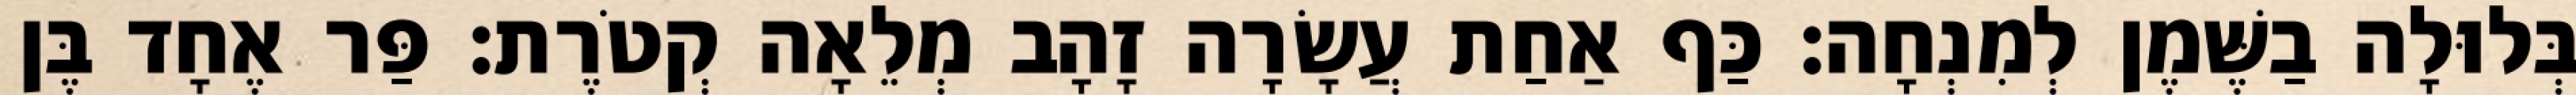
בְּלוּלָה בַשֶּׁמֶן לְמִנְחָה׃ כַּף אַחַת עֲשָׂרָה זָהָב מְלֵאָה קְטֹרֶת׃ פַּר אֶחָד בֶּן